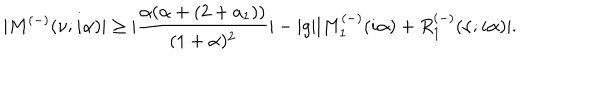
| M ^ { ( - ) } ( \nu ; i \alpha ) | \geq | \frac { \alpha ( \alpha + ( 2 + a _ { 1 } ) ) } { ( 1 + \alpha ) ^ { 2 } } | - | g | | M _ { 1 } ^ { ( - ) } ( i \alpha ) + R _ { 1 } ^ { ( - ) } ( \nu ; i \alpha ) | .